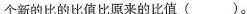
个新的比的比值比原来的比值()。